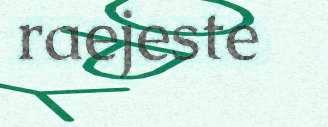
raejeste